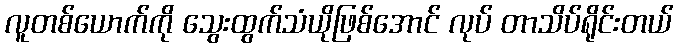
လူတစ်ယောက်ကို သွေးထွက်သံယိုဖြစ်အောင် လုပ် တာသိပ်ရိုင်းတယ်